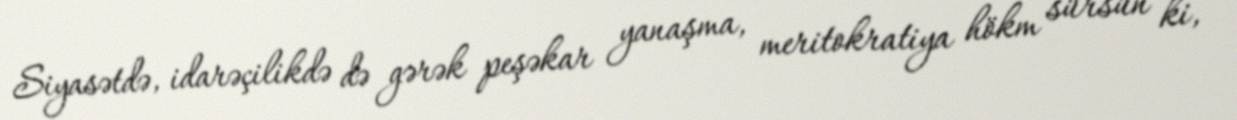
Siyasətdə, idarəçilikdə də gərək peşəkar yanaşma, meritokratiya hökm sürsün ki,